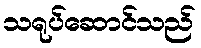
သရုပ်ဆောင်သည်